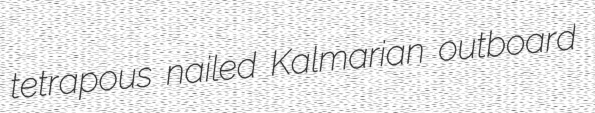
tetrapous nailed Kalmarian outboard